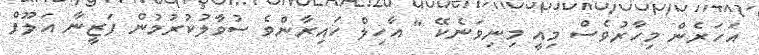
އަހަރެން މިހާރުވެސް މިއީ މިނިވަނެކޭ " އާހިލް ހައިރާންވެ ސުވާލުކުރުމުން ފަޒީނާ އަލޫފް